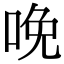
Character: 𠲶